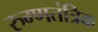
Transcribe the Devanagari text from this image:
रुग्णतंत्रिक